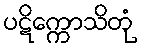
ပဋိက္ကောသိတုံ